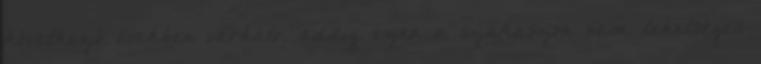
következő években várható, addig ezen a szakaszon nem lehetséges